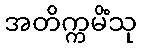
အတိက္ကမိံသု